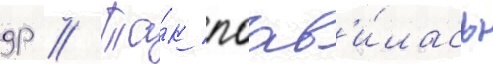
др // Та́к поав'и́лась